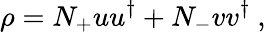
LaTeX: \rho=N_{+}uu^{\dagger}+N_{-}vv^{\dagger}\ ,